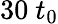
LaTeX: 30~t_{0}